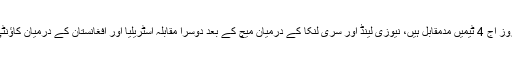
ورلڈ کپ 2019 کے تیسرے روز آج 4 ٹیمیں مدمقابل ہیں، نیوزی لینڈ اور سری لنکا کے درمیان میچ کے بعد دوسرا مقابلہ آسٹریلیا اور افغانستان کے درمیان کاؤنٹی گراؤنڈ برسٹول میں ہورہا ہے۔